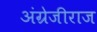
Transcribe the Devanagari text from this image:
अंग्रेजीराज